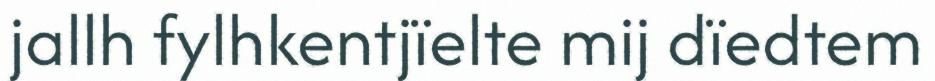
jallh fylhkentjïelte mij dïedtem